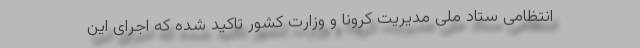
انتظامی ستاد ملی مدیریت کرونا و وزارت کشور تاکید شده که اجرای این